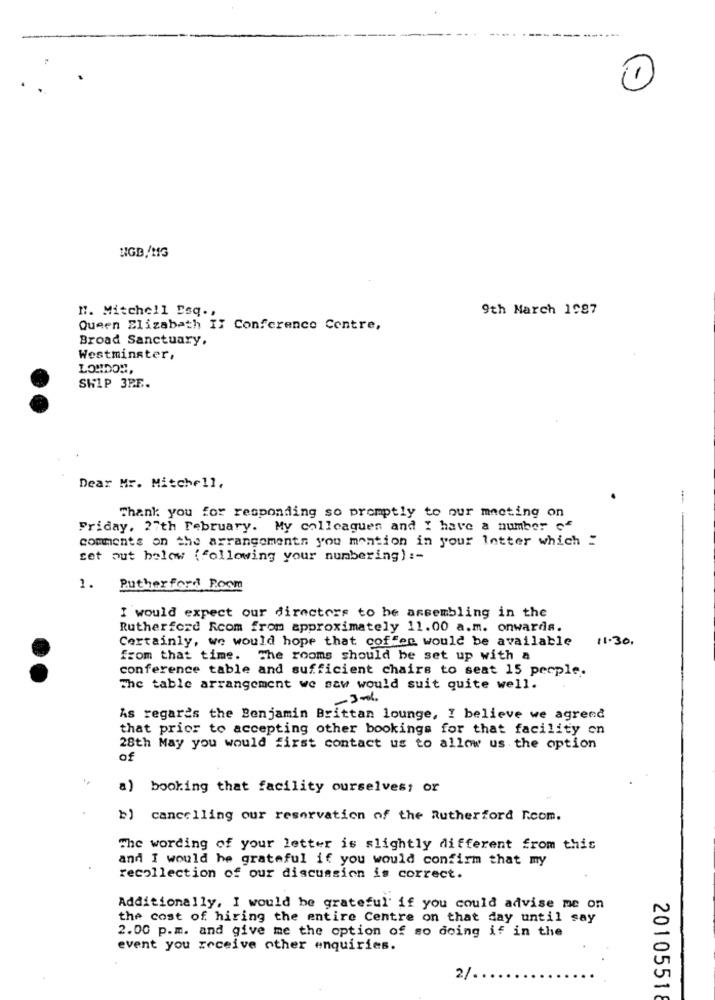
(-)
NGB//MG
". Mitchell Esq .,
9th March 1987
Queen Elizabeth II Conference Centre,
Broad Sanctuary,
Westminster,
LONDON,
SHIP 3PE.
Dear Mr. Mitchell,
-
Thank you for responding so promptly to our meeting on
Friday. 27th February. My colleagues and I have a number of
comments on the arrangements you mention in your letter which :
set out below (following your numbering) :-
1.
Rutherford Room
I would expect our directors to be assembling in the
Rutherford Rcom from approximately 11.00 a.m. onwards.
Certainly, we would hope that coffee would be available 11.30.
from that time. The rooms should be set up with a
conference table and sufficient chairs to seat 15 perple.
The table arrangement we saw would suit quite well.
-3-6
As regards the Benjamin Brittan lounge, I believe we agreed
that prior to accepting other bookings for that facility on
28th May you would first contact us to allow us the option
of
a) booking that facility ourselves; or
b) cancelling our reservation of the Rutherford Room.
The wording of your letter is slightly different from this
and I would be grateful if you would confirm that my
recollection of our discussion is correct.
Additionally, I would be grateful' if you could advise me on
the cost of hiring the entire Centre on that day until say
2.00 p.m. and give me the option of so doing if in the
event you receive other enquiries.
2/
20105518